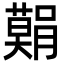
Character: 𮍅